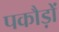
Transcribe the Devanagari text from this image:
पकौड़ों